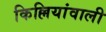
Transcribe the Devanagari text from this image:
किल्लियांवाली